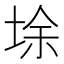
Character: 𡌘